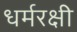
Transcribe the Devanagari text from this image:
धर्मरक्षी